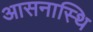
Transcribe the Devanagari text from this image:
आसनास्थि